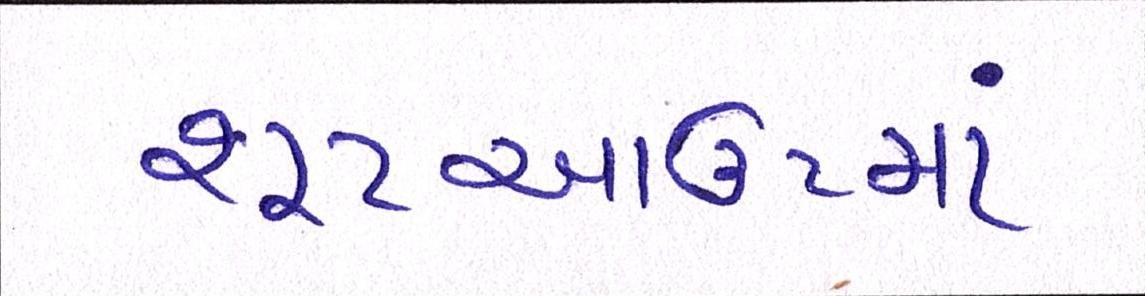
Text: શૂટઆઉટમાં